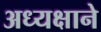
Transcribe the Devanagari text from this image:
अध्यक्षाने